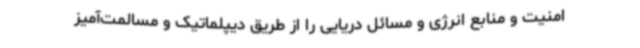
امنیت و منابع انرژی و مسائل دریایی را از طریق دیپلماتیک و مسالمت‌آمیز